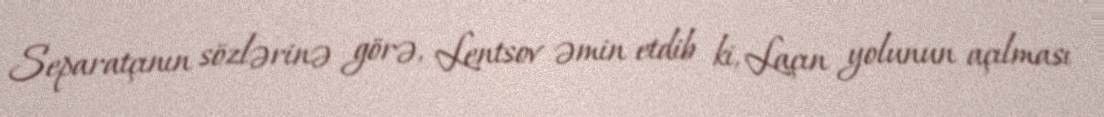
Separatçının sözlərinə görə, Lentsov əmin etdib ki, Laçın yolunun açılması